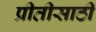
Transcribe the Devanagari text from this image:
प्रीतीसाठी